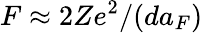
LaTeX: F\approx 2Ze^{2}/(da_{F})